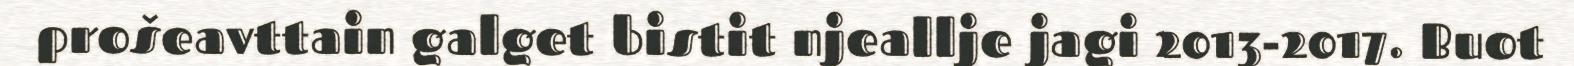
prošeavttain galget bistit njeallje jagi 2013-2017. Buot